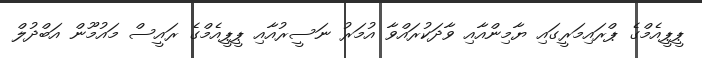
ޕީޕީއެމްގެ ޕްރައިމަރީގައި ޔާމިންއާއި ވާދަކުރައްވާ އުމަރު ނަސީރުއާއި ޕީޕީއެމްގެ ރައީސް މައުމޫން އަބްދުލް